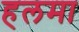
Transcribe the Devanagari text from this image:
हलमा